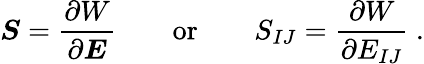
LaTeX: {\boldsymbol{S}}={\frac{\partial W}{\partial{\boldsymbol{E}}}}\qquad{\mathrm{or}}\qquad S_{IJ}={\frac{\partial W}{\partial E_{IJ}}}~.